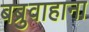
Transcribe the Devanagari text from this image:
बब्रुवाहाना